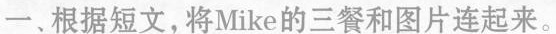
一、根据短文，将Mike的三餐和图片连起来。